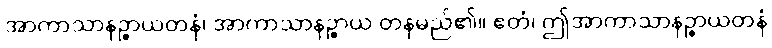
အာကာသာနဉ္စာယတနံ၊ အာကာသာနဉ္စာယ တနမည်၏။ ဧတံ၊ ဤအာကာသာနဉ္စာယတနံ